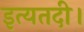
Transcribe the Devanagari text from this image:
इत्यतदी।